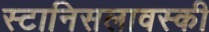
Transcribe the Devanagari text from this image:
स्टानिसलावस्की